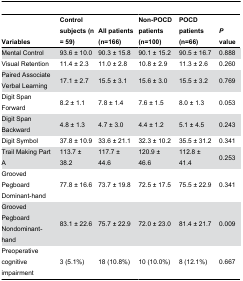
<table><thead><tr><td><b>Variables</b></td><td><b>Control subjects (n = 59)</b></td><td><b>All patients (n=166)</b></td><td><b>Non-POCD patients (n=100)</b></td><td><b>POCD patients (n=66)</b></td><td><b><i>P</i> value</b></td></tr></thead><tbody><tr><td>Mental Control</td><td>93.6 ± 10.0</td><td>90.3 ± 15.8</td><td>90.1 ± 15.2</td><td>90.5 ± 16.7</td><td>0.888</td></tr><tr><td>Visual Retention</td><td>11.4 ± 2.3</td><td>11.0 ± 2.8</td><td>10.8 ± 2.9</td><td>11.3 ± 2.6</td><td>0.260</td></tr><tr><td>Paired Associate Verbal Learning</td><td>17.1 ± 2.7</td><td>15.5 ± 3.1</td><td>15.6 ± 3.0</td><td>15.5 ± 3.2</td><td>0.769</td></tr><tr><td>Digit Span Forward</td><td>8.2 ± 1.1</td><td>7.8 ± 1.4</td><td>7.6 ± 1.5</td><td>8.0 ± 1.3</td><td>0.053</td></tr><tr><td>Digit Span Backward</td><td>4.8 ± 1.3</td><td>4.7 ± 3.0</td><td>4.4 ± 1.2</td><td>5.1 ± 4.5</td><td>0.243</td></tr><tr><td>Digit Symbol</td><td>37.8 ± 10.9</td><td>33.6 ± 21.1</td><td>32.3 ± 10.2</td><td>35.5 ± 31.2</td><td>0.341</td></tr><tr><td>Trail Making Part A</td><td>113.7 ± 38.2</td><td>117.7 ± 44.6</td><td>120.9 ± 46.6</td><td>112.8 ± 41.4</td><td>0.253</td></tr><tr><td>Grooved Pegboard Dominant-hand</td><td>77.8 ± 16.6</td><td>73.7 ± 19.8</td><td>72.5 ± 17.5</td><td>75.5 ± 22.9</td><td>0.341</td></tr><tr><td>Grooved Pegboard Nondominant-hand</td><td>83.1 ± 22.6</td><td>75.7 ± 22.9</td><td>72.0 ± 23.0</td><td>81.4 ± 21.7</td><td>0.009</td></tr><tr><td>Preoperative cognitive impairment</td><td>3 (5.1%)</td><td>18 (10.8%)</td><td>10 (10.0%)</td><td>8 (12.1%)</td><td>0.667</td></tr></tbody></table>